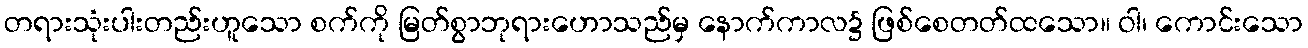
တရားသုံးပါးတည်းဟူသော စက်ကို မြတ်စွာဘုရားဟောသည်မှ နောက်ကာလ၌ ဖြစ်စေတတ်ထသော။ ဝါ၊ ကောင်းသော